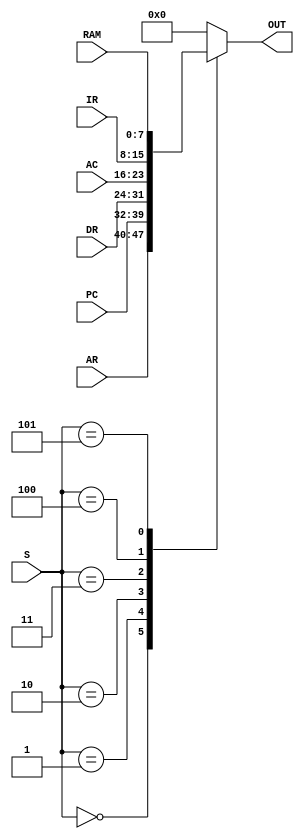
module BUS_SEL (
    input [7:0] AR, PC, DR, AC, IR, RAM,   
    input [2:0] S,                       
    output reg [7:0] OUT                   
);

    wire [7:0] mux_out;  

    // Multiplexer module for selecting bits
    MUX_8to1 mux_8to1 (
        .d0(AR),
        .d1(PC),
        .d2(DR),
        .d3(AC),
        .d4(IR),
        .d5(RAM),
        .sel(S),
        .out(mux_out)
    );

    always @* begin
        case (S)
            3'b000: OUT = AR;  // Select AR
            3'b001: OUT = PC;  // Select PC
            3'b010: OUT = DR;  // Select DR
            3'b011: OUT = AC;  // Select AC
            3'b100: OUT = IR;  // Select IR
            3'b101: OUT = RAM; // Select RAM
            default: OUT = 8'h00;  // Default 
        endcase
    end

endmodule




module MUX_8to1 (
    input [7:0] d0, d1, d2, d3, d4, d5,   // 8-bit input data
    input [2:0] sel,                      // Selection input
    output reg [7:0] out                   // Output data
);

    always @* begin
        case (sel)
            3'b000: out = d0;  // Select d0
            3'b001: out = d1;  // Select d1
            3'b010: out = d2;  // Select d2
            3'b011: out = d3;  // Select d3
            3'b100: out = d4;  // Select d4
            3'b101: out = d5;  // Select d5
            default: out = 8'h00;  // Default (can be customized)
        endcase
    end

endmodule